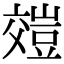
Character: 𧯺